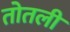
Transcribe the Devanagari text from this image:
तोतली